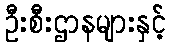
ဦးစီးဌာနများနှင့်